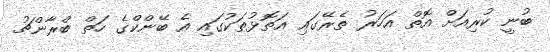
ބުނީ ކުރިއަށް އޮތް އަހަރު ތެރޭގައި އަތޮޅުތަކުގައި އެ ބޭންކްގެ ހަތް ބްރާންޗު